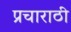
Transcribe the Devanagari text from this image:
प्रचाराठी